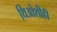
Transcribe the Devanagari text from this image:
थिओशीही